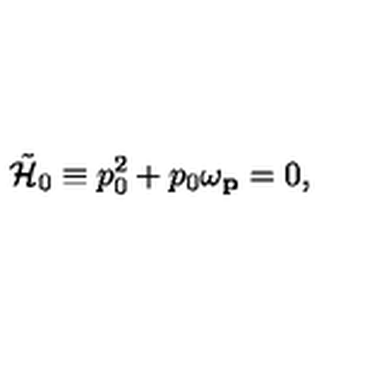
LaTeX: \tilde { { \cal H } } _ { 0 } \equiv p _ { 0 } ^ { 2 } + p _ { 0 } \omega _ { \bf \small p } = 0 ,